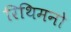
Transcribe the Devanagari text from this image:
रिथिमनो